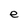
Character: e